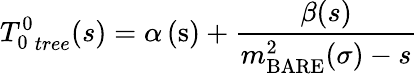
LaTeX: {T_{0}^{0}}_{tree}(s)=\alpha\left(\mathrm{s}\right)+\frac{\beta(s)}{{m_{\mathrm{BARE}}^{2}(\sigma)}-s}